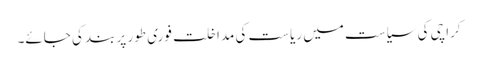
کراچی کی سیاست میں ریاست کی مداخلت فوری طور پر بند کی جائے۔